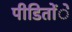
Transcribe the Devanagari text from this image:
पीडिताेंे